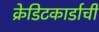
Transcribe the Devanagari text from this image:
क्रेडिटकार्डाची